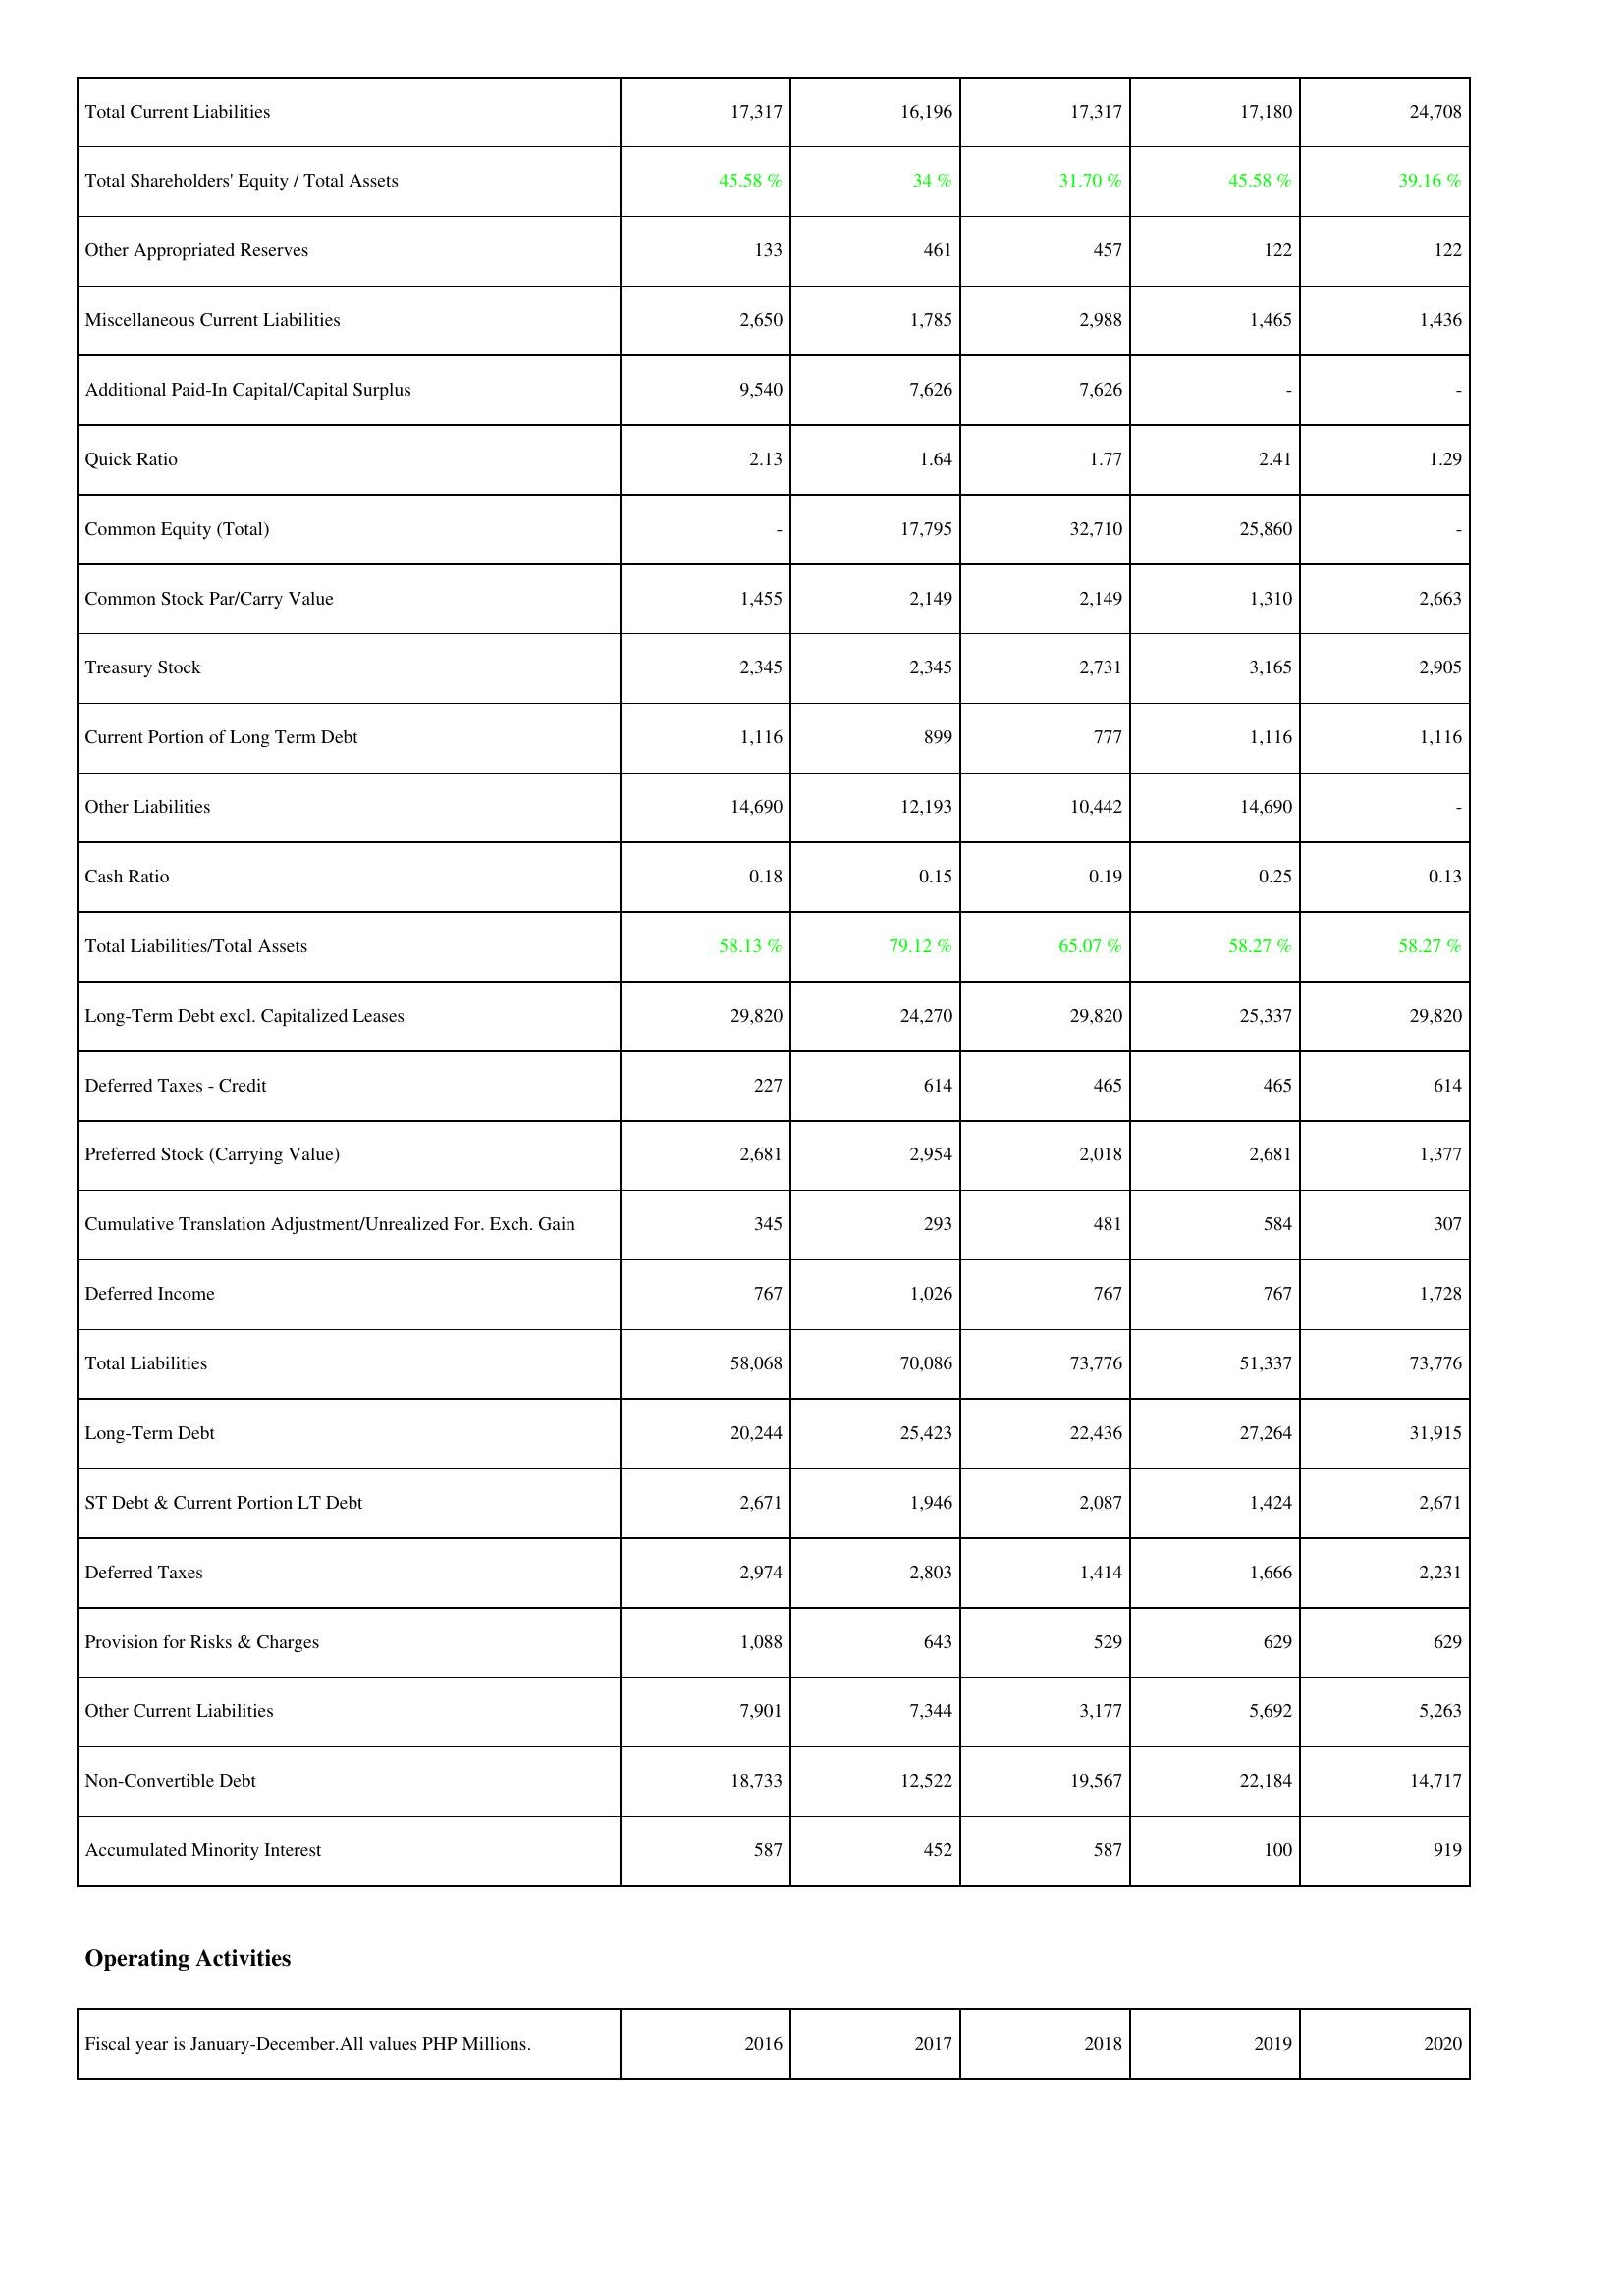
2016: Liabilities & Shareholders' Equity: Total Current Liabilities: 17,317
Total Shareholders' Equity / Total Assets: 45.58 %
Other Appropriated Reserves: 133
Miscellaneous Current Liabilities: 2,650
Additional Paid-In Capital/Capital Surplus: 9,540
Quick Ratio: 2.13
Common Equity (Total): -
Common Stock Par/Carry Value: 1,455
Treasury Stock: 2,345
Current Portion of Long Term Debt: 1,116
Other Liabilities: 14,690
Cash Ratio: 0.18
Total Liabilities/Total Assets: 58.13 %
Long-Term Debt excl. Capitalized Leases: 29,820
Deferred Taxes - Credit: 227
Preferred Stock (Carrying Value): 2,681
Cumulative Translation Adjustment/Unrealized For. Exch. Gain: 345
Deferred Income: 767
Total Liabilities: 58,068
Long-Term Debt: 20,244
ST Debt & Current Portion LT Debt: 2,671
Deferred Taxes: 2,974
Provision for Risks & Charges: 1,088
Other Current Liabilities: 7,901
Non-Convertible Debt: 18,733
Accumulated Minority Interest: 587
2017: Liabilities & Shareholders' Equity: Total Current Liabilities: 16,196
Total Shareholders' Equity / Total Assets: 34 %
Other Appropriated Reserves: 461
Miscellaneous Current Liabilities: 1,785
Additional Paid-In Capital/Capital Surplus: 7,626
Quick Ratio: 1.64
Common Equity (Total): 17,795
Common Stock Par/Carry Value: 2,149
Treasury Stock: 2,345
Current Portion of Long Term Debt: 899
Other Liabilities: 12,193
Cash Ratio: 0.15
Total Liabilities/Total Assets: 79.12 %
Long-Term Debt excl. Capitalized Leases: 24,270
Deferred Taxes - Credit: 614
Preferred Stock (Carrying Value): 2,954
Cumulative Translation Adjustment/Unrealized For. Exch. Gain: 293
Deferred Income: 1,026
Total Liabilities: 70,086
Long-Term Debt: 25,423
ST Debt & Current Portion LT Debt: 1,946
Deferred Taxes: 2,803
Provision for Risks & Charges: 643
Other Current Liabilities: 7,344
Non-Convertible Debt: 12,522
Accumulated Minority Interest: 452
2018: Liabilities & Shareholders' Equity: Total Current Liabilities: 17,317
Total Shareholders' Equity / Total Assets: 31.70 %
Other Appropriated Reserves: 457
Miscellaneous Current Liabilities: 2,988
Additional Paid-In Capital/Capital Surplus: 7,626
Quick Ratio: 1.77
Common Equity (Total): 32,710
Common Stock Par/Carry Value: 2,149
Treasury Stock: 2,731
Current Portion of Long Term Debt: 777
Other Liabilities: 10,442
Cash Ratio: 0.19
Total Liabilities/Total Assets: 65.07 %
Long-Term Debt excl. Capitalized Leases: 29,820
Deferred Taxes - Credit: 465
Preferred Stock (Carrying Value): 2,018
Cumulative Translation Adjustment/Unrealized For. Exch. Gain: 481
Deferred Income: 767
Total Liabilities: 73,776
Long-Term Debt: 22,436
ST Debt & Current Portion LT Debt: 2,087
Deferred Taxes: 1,414
Provision for Risks & Charges: 529
Other Current Liabilities: 3,177
Non-Convertible Debt: 19,567
Accumulated Minority Interest: 587
2019: Liabilities & Shareholders' Equity: Total Current Liabilities: 17,180
Total Shareholders' Equity / Total Assets: 45.58 %
Other Appropriated Reserves: 122
Miscellaneous Current Liabilities: 1,465
Additional Paid-In Capital/Capital Surplus: -
Quick Ratio: 2.41
Common Equity (Total): 25,860
Common Stock Par/Carry Value: 1,310
Treasury Stock: 3,165
Current Portion of Long Term Debt: 1,116
Other Liabilities: 14,690
Cash Ratio: 0.25
Total Liabilities/Total Assets: 58.27 %
Long-Term Debt excl. Capitalized Leases: 25,337
Deferred Taxes - Credit: 465
Preferred Stock (Carrying Value): 2,681
Cumulative Translation Adjustment/Unrealized For. Exch. Gain: 584
Deferred Income: 767
Total Liabilities: 51,337
Long-Term Debt: 27,264
ST Debt & Current Portion LT Debt: 1,424
Deferred Taxes: 1,666
Provision for Risks & Charges: 629
Other Current Liabilities: 5,692
Non-Convertible Debt: 22,184
Accumulated Minority Interest: 100
2020: Liabilities & Shareholders' Equity: Total Current Liabilities: 24,708
Total Shareholders' Equity / Total Assets: 39.16 %
Other Appropriated Reserves: 122
Miscellaneous Current Liabilities: 1,436
Additional Paid-In Capital/Capital Surplus: -
Quick Ratio: 1.29
Common Equity (Total): -
Common Stock Par/Carry Value: 2,663
Treasury Stock: 2,905
Current Portion of Long Term Debt: 1,116
Other Liabilities: -
Cash Ratio: 0.13
Total Liabilities/Total Assets: 58.27 %
Long-Term Debt excl. Capitalized Leases: 29,820
Deferred Taxes - Credit: 614
Preferred Stock (Carrying Value): 1,377
Cumulative Translation Adjustment/Unrealized For. Exch. Gain: 307
Deferred Income: 1,728
Total Liabilities: 73,776
Long-Term Debt: 31,915
ST Debt & Current Portion LT Debt: 2,671
Deferred Taxes: 2,231
Provision for Risks & Charges: 629
Other Current Liabilities: 5,263
Non-Convertible Debt: 14,717
Accumulated Minority Interest: 919